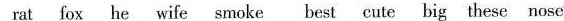
rat fox he wife smoke best cute big these nose